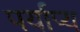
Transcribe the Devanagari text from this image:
पर्याप्य